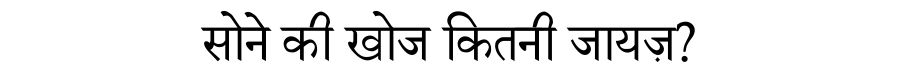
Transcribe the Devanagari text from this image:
सोने की खोज कितनी जायज़?